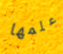
علمها